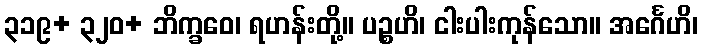
၃၁၉+ ၃၂၀+ ဘိက္ခဝေ၊ ရဟန်းတို့။ ပဉ္စဟိ၊ ငါးပါးကုန်သော။ အင်္ဂေဟိ၊